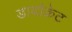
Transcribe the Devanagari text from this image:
डायोक्रेट